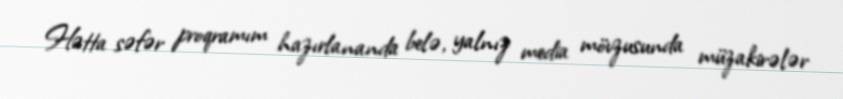
Hətta səfər proqramım hazırlananda belə, yalnız media mövzusunda müzakirələr